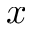
x